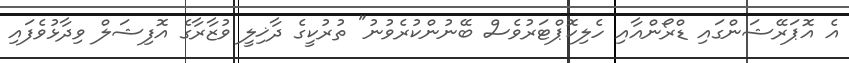
އެ އޮޕަރޭޝަންގައި ޑްރޯންއާއި ހެލިކޮޕްޓަރުވެސް ބޭނުންކުރެވުނު" ތުރުކީގެ ދާޚިލީ ވުޒާރާގެ އޮފިޝަލް ވިދާޅުވެފައި